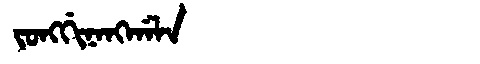
Manchu: ᠵᠣᠩᡤᡳᠨᠠᠩᡤᠠᠯᠠ
Romanization: JONGGINANGGALA